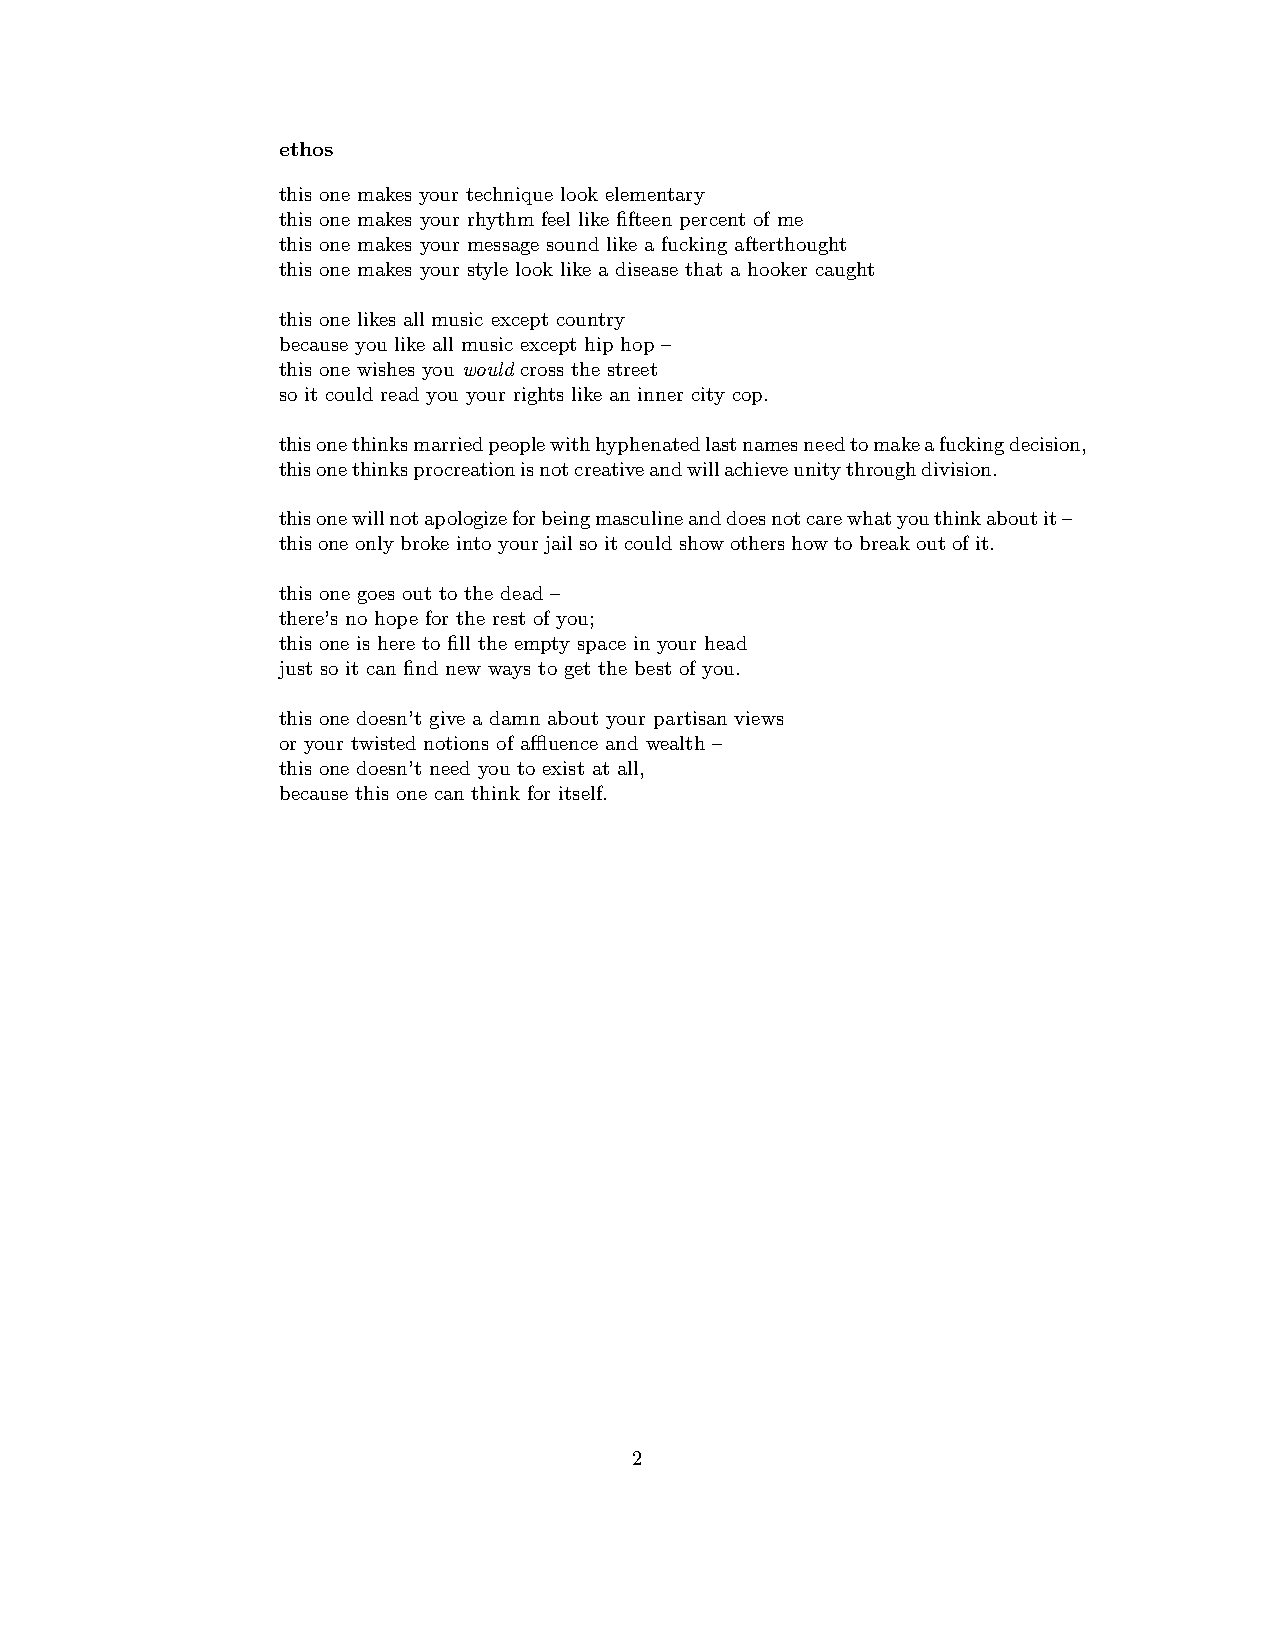
ethos
 this one makes your technique look elementary
 this one makes your rhythm feel like fifteen percent of me
 this one makes your message sound like a fucking afterthought
 this one makes your style look like a disease that a hooker caught
 this one likes all music except country
 because you like all music except hip hop –
 this one wishes you would cross the street
 so it could read you your rights like an inner city cop.
 thisonethinksmarriedpeoplewithhyphenatedlastnamesneedtomakeafuckingdecision,
 thisonethinksprocreationisnotcreativeandwillachieveunitythroughdivision.
 thisonewillnotapologizeforbeingmasculineanddoesnotcarewhatyouthinkaboutit–
 this one only broke into your jail so it could show others how to break out of it.
 this one goes out to the dead –
 there’s no hope for the rest of you;
 this one is here to fill the empty space in your head
 just so it can find new ways to get the best of you.
 this one doesn’t give a damn about your partisan views
 or your twisted notions of affluence and wealth –
 this one doesn’t need you to exist at all,
 because this one can think for itself.
 2